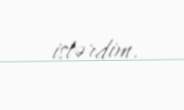
istərdim.